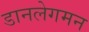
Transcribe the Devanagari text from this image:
डानलेगमन